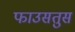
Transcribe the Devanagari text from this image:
फाउसतुस